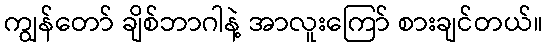
ကျွန်တော် ချိစ်ဘာဂါနဲ့ အာလူးကြော် စားချင်တယ်။